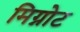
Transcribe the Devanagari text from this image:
मिग्नोट